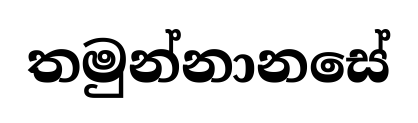
තමුන්නානසේ